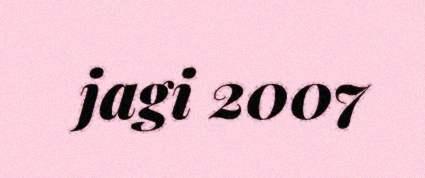
jagi 2007